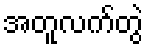
အတူလက်တွဲ